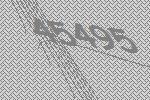
45495